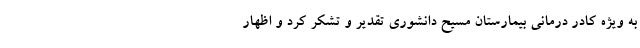
به ویژه کادر درمانی بیمارستان مسیح دانشوری تقدیر و تشکر کرد و اظهار